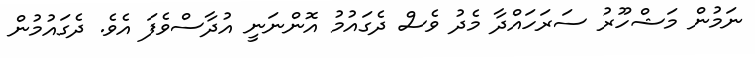
ނަމުން މަޝްހޫރު ސަރަހައްދާ މެދު ވެސް ދެގައުމު އޮންނަނީ އުދާސްވެފަ އެވެ. ދެގައުމުން